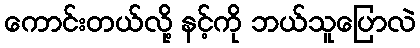
ကောင်းတယ်လို့ နင့်ကို ဘယ်သူပြောလဲ